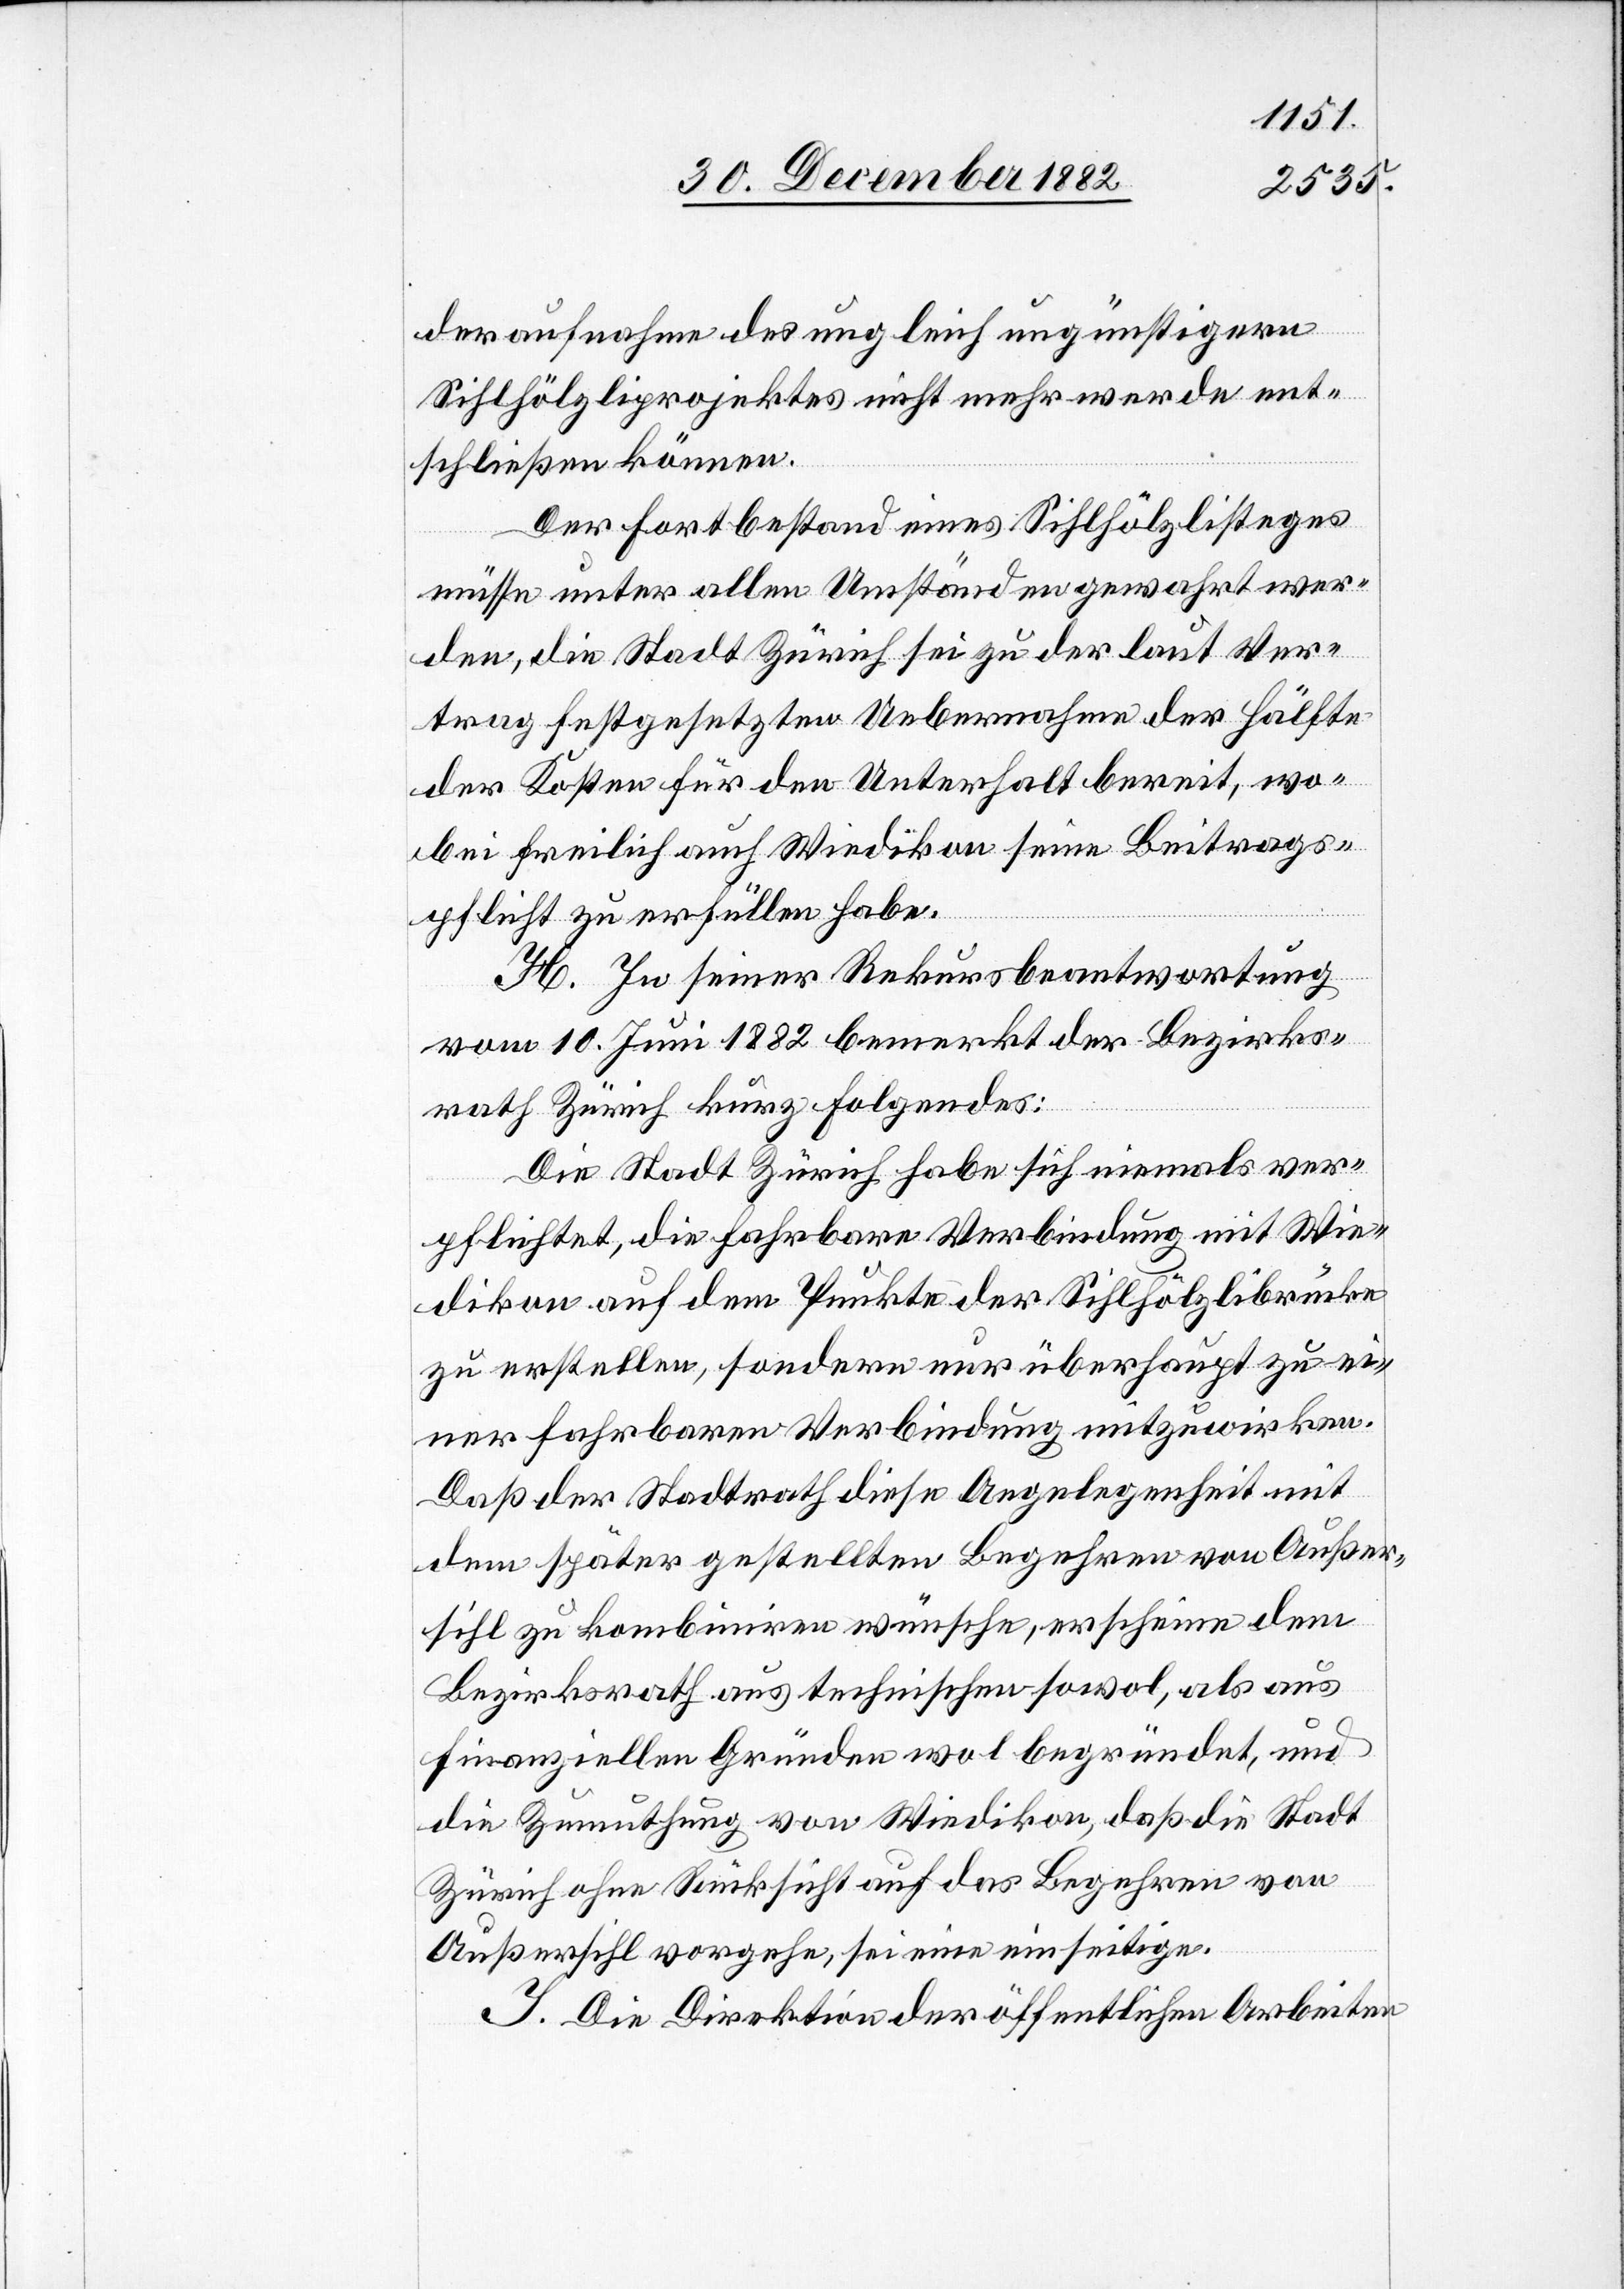
deraufnahme des ungleich ungünstigern
Sihlhölzliprojektes nicht mehr werde ent¬
schließen können.
Der Fortbestand eines Sihlhölzlisteges
müsse unter allen Umständen gewahrt wer¬
den, die Stadt Zürich sei zu der laut Ver¬
trag festgesetzten Uebernahme der Hälfte
der Kosten für den Unterhalt bereit, wo¬
bei freilich auch Wiedikon seine Beitrags¬
pflicht zu erfüllen habe.
H. In seiner Rekursbeantwortung
vom 10. Juni 1882 bemerkt der Bezirks¬
rath Zürich kurz Folgendes:
Die Stadt Zürich habe sich niemals ver¬
pflichtet, die fahrbare Verbindung mit Wie¬
dikon auf dem Punkte der Sihlhölzlibrücke
zu erstellen, sondern nur überhaupt zu ei¬
ner fahrbaren Verbindung mitzuwirken.
Daß der Stadtrath diese Angelegenheit mit
dem später gestellten Begehren von Außer¬
sihl zu kombiniren wünsche, erscheine dem
Bezirksrath aus technischen sowol, als aus
finanziellen gründen wol begründet, und
die Zumuthung von Wiedikon, daß die Stadt
Zürich ohne Rücksicht auf das Begehren von
Außersihl vorgehe, sei eine einseitige.
I. Die Direktion der öffentlichen Arbeiten